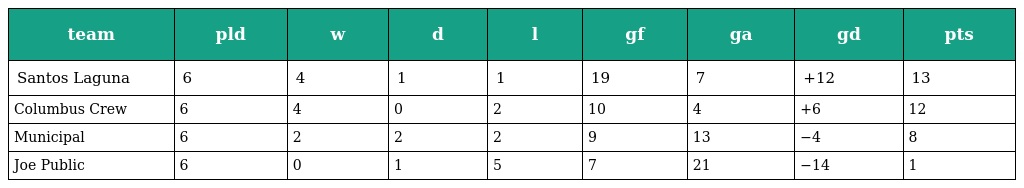
| team | pld | w | d | l | gf | ga | gd | pts |
 | --- | --- | --- | --- | --- | --- | --- | --- | --- |
 | Santos Laguna | 6 | 4 | 1 | 1 | 19 | 7 | +12 | 13 |
 | Columbus Crew | 6 | 4 | 0 | 2 | 10 | 4 | +6 | 12 |
 | Municipal | 6 | 2 | 2 | 2 | 9 | 13 | −4 | 8 |
 | Joe Public | 6 | 0 | 1 | 5 | 7 | 21 | −14 | 1 |